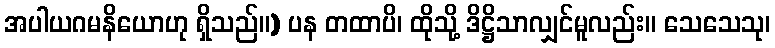
အပါယဂမနိယောဟု ရှိသည်။) ပန တထာပိ၊ ထိုသို့ ဒိဋ္ဌိသာလျှင်မူလည်း။ သေသေသု၊